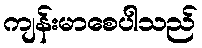
ကျန်းမာစေပါသည်